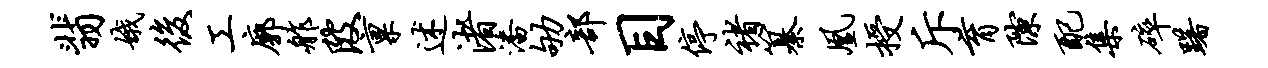
翡娥后工廓舴陂禀述渚潘劬部目停褚纂凰授斥育隙配集碎躇